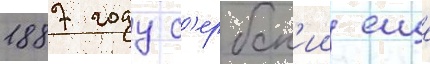
1887 году с'ербск'ии еще